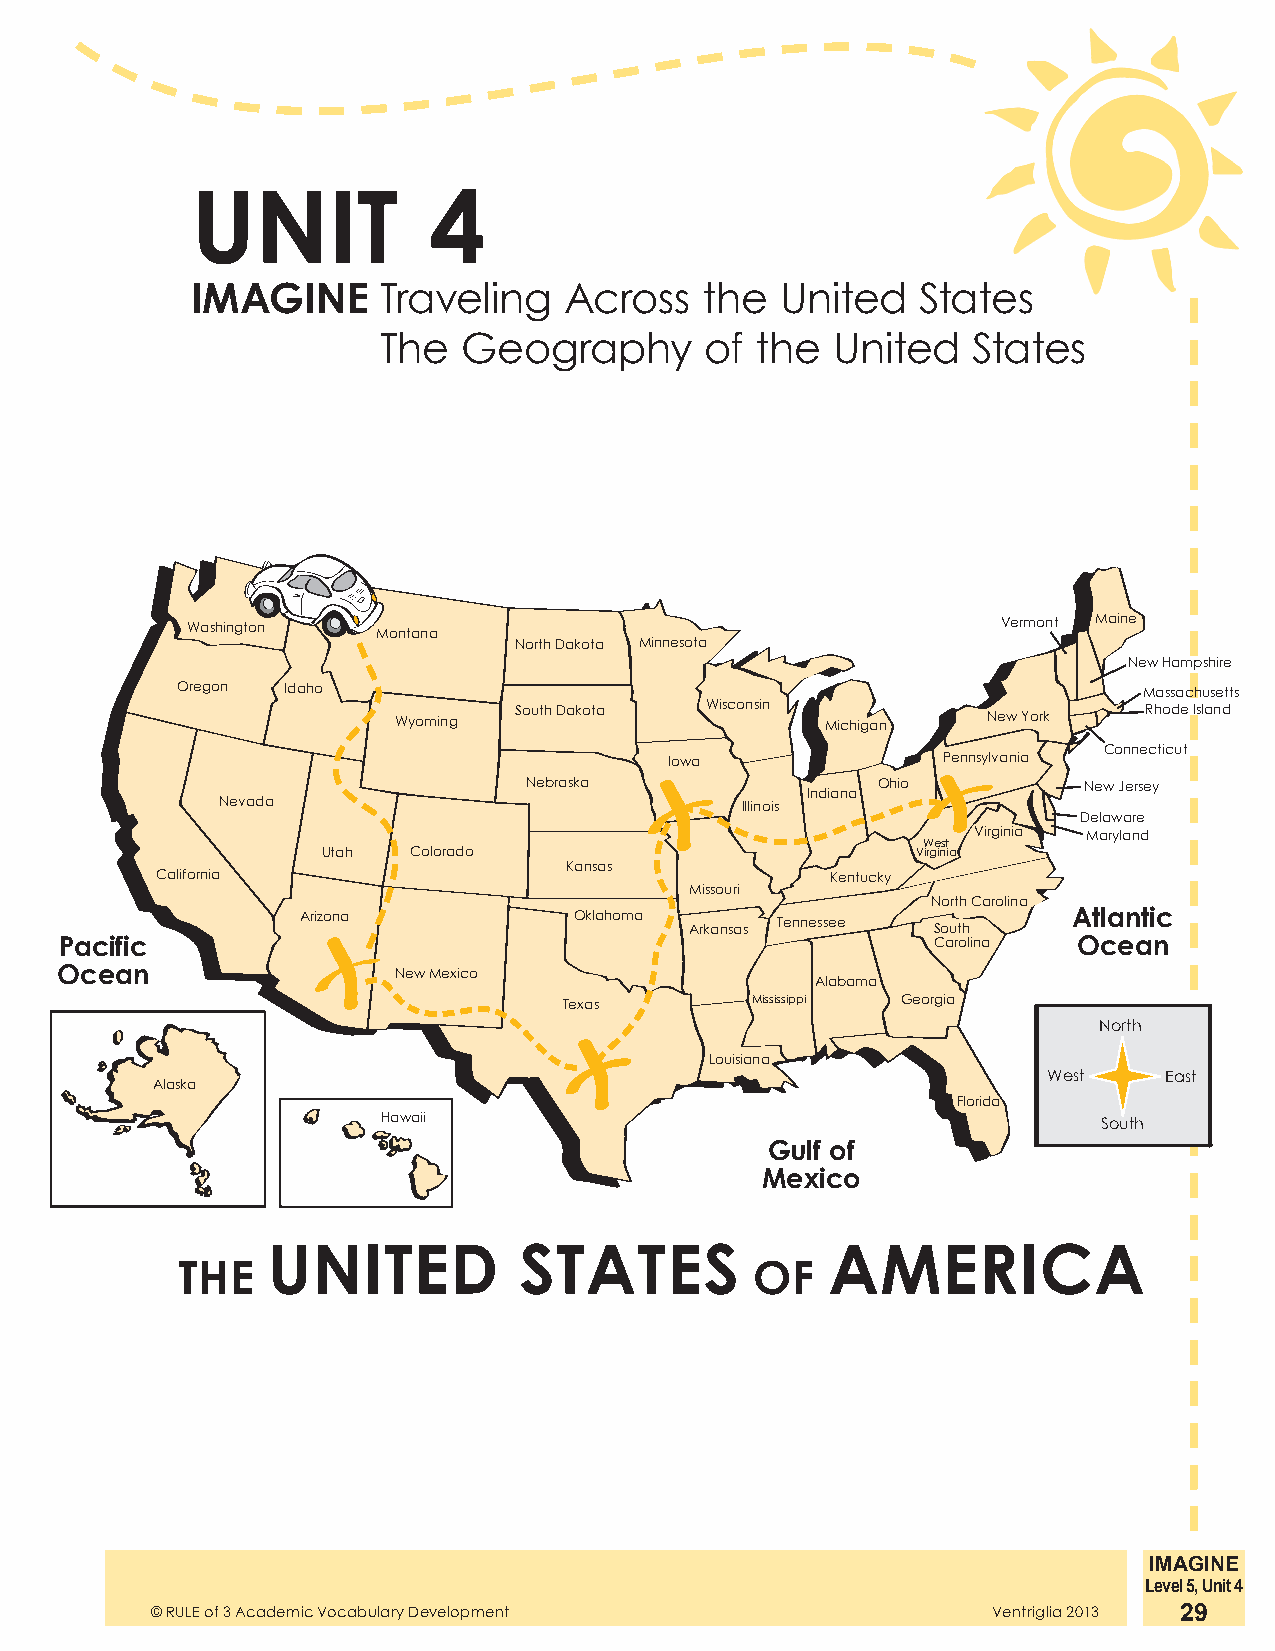
UNIT           4
 IMAGINE     Traveling   Across    the  United   States
 The   Geography       of the  United   States
 Washington   Montana                                  Vermont Maine
 North Dakota Minnesota
 New Hampshire
 Oregon Idaho                                                    Massachusetts
 Wyoming South Dakota Wisconsin Michigan New York  Rhode Island
 Connecticut
 Iowa              Pennsylvania
 Nebraska               Ohio          New Jersey
 Indiana
 Nevada                            Illinois
 Delaware
 Virginia Maryland
 West
 Utah  Colorado                          Virginia
 Kansas
 California                                   Kentucky
 Missouri
 North Carolina
 Arizona           Oklahoma Arkansas Tennessee South Atlantic
 Pacific                                                   Carolina Ocean
 Ocean                 New Mexico
 Alabama
 Texas        Mississippi Georgia
 North
 Louisiana
 West    East
 Alaska
 Florida
 Hawaii                                          South
 Gulf of
 Mexico
 UNITED          STATES               AMERICA
 THE                                   OF
 IMAGINE
 Level 5, Unit 4
 © RULE of 3 Academic Vocabulary Development             Ventriglia 2013 29